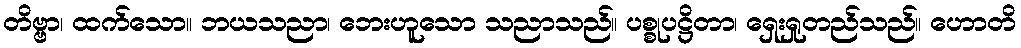
တိဗ္ဗာ၊ ထက်သော။ ဘယသညာ၊ ဘေးဟူသော သညာသည်။ ပစ္စုပဋ္ဌိတာ၊ ရှေးရှုတည်သည်။ ဟောတိ